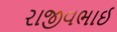
રાજીવભાઈ